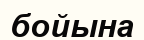
бойына